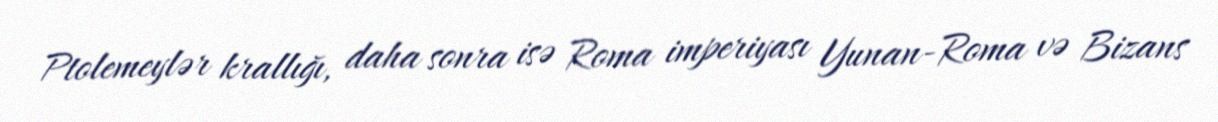
Ptolemeylər krallığı, daha sonra isə Roma imperiyası Yunan-Roma və Bizans